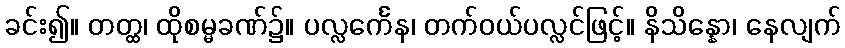
ခင်း၍။ တတ္ထ၊ ထိုစမ္မခဏ်၌။ ပလ္လင်္ကေန၊ တက်ဝယ်ပလ္လင်ဖြင့်။ နိသိန္နော၊ နေလျက်